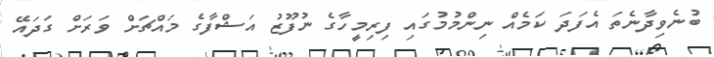
ބުނެވިދާނެތަ އެފަދަ ކަމެއް ނިންމުމުގައި ފިރިމީހާގެ ނުފޫޒު އަޝްފާގެ މައްޗަށް ވަރަށް ގަދައޭ